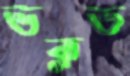
ভক্লভ